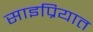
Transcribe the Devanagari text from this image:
साइप्रियात